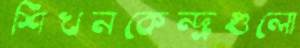
শিখনকেন্দ্রগুলো